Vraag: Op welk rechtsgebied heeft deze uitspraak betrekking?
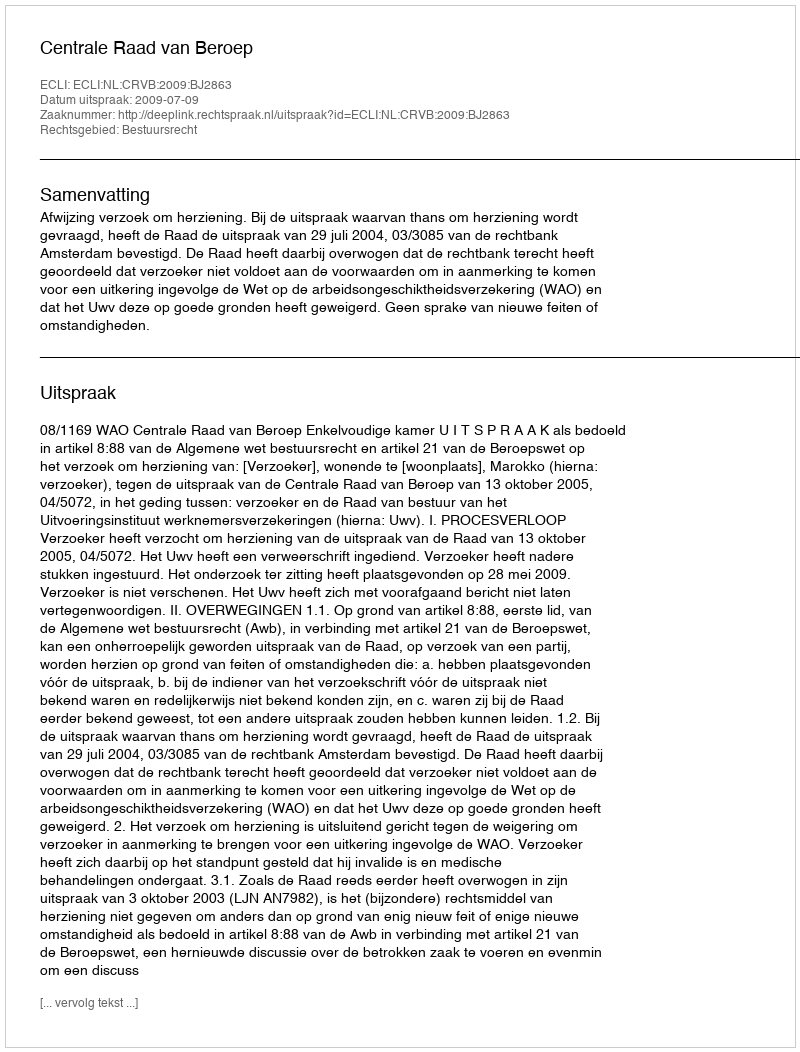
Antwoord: Bestuursrecht